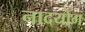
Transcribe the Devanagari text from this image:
नादयोग